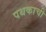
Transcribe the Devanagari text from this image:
पथकाची